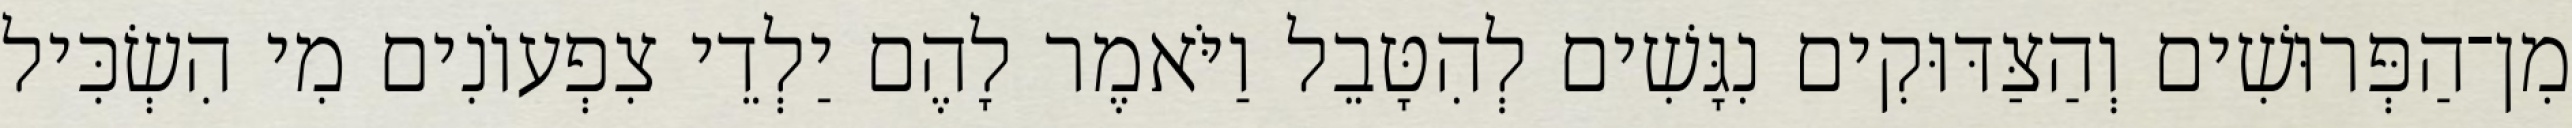
מִן־הַפְּרוּשִׁים וְהַצַּדּוּקִים נִגָּשִׁים לְהִטָּבֵל וַיֹּאמֶר לָהֶם יַלְדֵי צִפְעוֹנִים מִי הִשְׂכִּיל